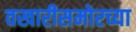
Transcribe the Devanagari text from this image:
वखारीसमोरच्या